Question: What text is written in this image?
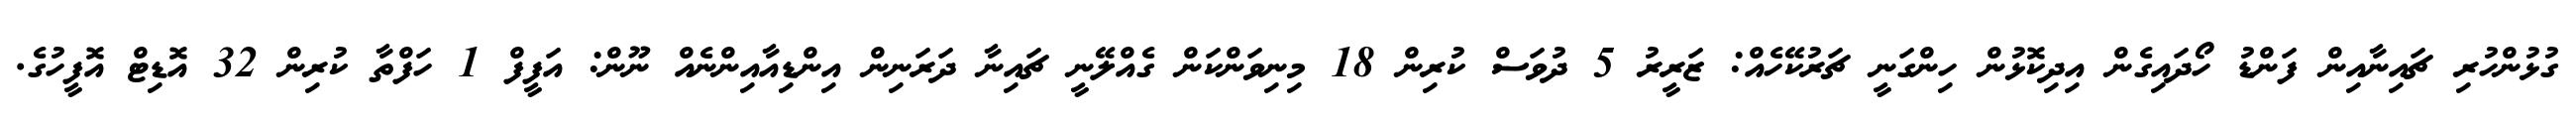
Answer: ގުޅުންހުރި ޗައިނާއިން ފަންޑު ހޯދައިގެން އިދިކޮޅުން ހިންގަނީ ޗަރުކޭހެއް: ޒަރީރު 5 ދުވަސް ކުރިން 18 މިނިވަންކަން ގެއްލޭނީ ޗައިނާ ދަރަނިން އިންޑިއާއިންނެއް ނޫން: އަފީފް 1 ހަފްތާ ކުރިން 32 އޮޑިޓް އޮފީހުގެ.